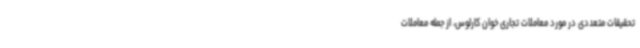
تحقیقات متعددی در مورد معاملات تجاری خوان کارلوس، از جمله معاملات